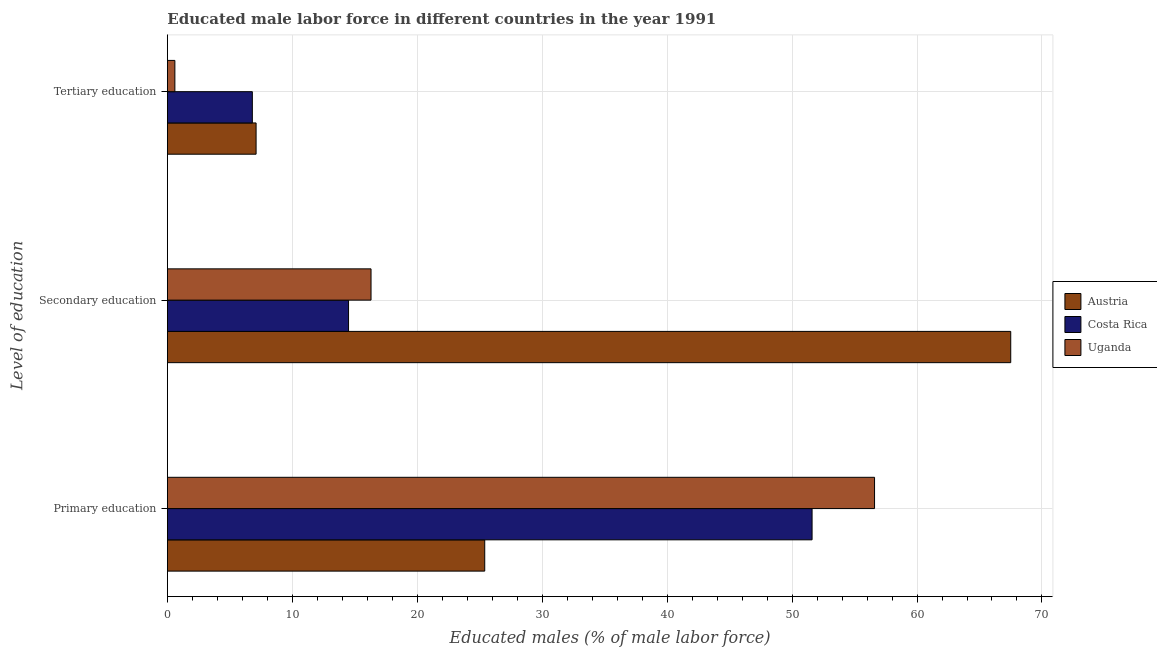
| Level of education | Austria | Costa Rica | Uganda |
 | --- | --- | --- | --- |
 | Primary education | 25.4 | 51.6 | 56.6 |
 | Secondary education | 67.5 | 14.5 | 16.3 |
 | Tertiary education | 7.1 | 6.8 | 0.6 |